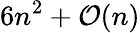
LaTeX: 6n^{2}+{\mathcal{O}}(n)